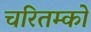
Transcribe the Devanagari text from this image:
चरितम्को